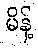
မိန့်